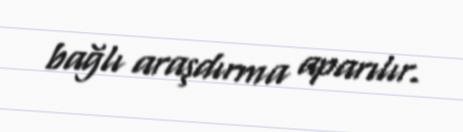
bağlı araşdırma aparılır.